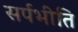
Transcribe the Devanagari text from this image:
सर्पभीति